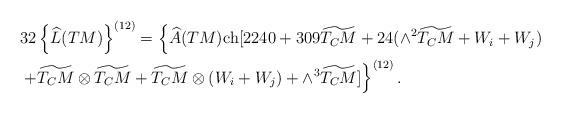
LaTeX: \begin{align*}&32\left\{\widehat{L}(TM)\right\}^{(12)}=\left\{\widehat{A}(TM){\rm ch}[2240+309\widetilde{T_CM}+24(\wedge^2\widetilde{T_CM}+W_i+W_j)\right.\\&\left.+\widetilde{T_CM}\otimes \widetilde{T_CM}+\widetilde{T_CM}\otimes(W_i+W_j)+\wedge^3\widetilde{T_CM}]\right\}^{(12)}.\end{align*}